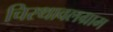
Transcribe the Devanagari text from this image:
चिरथावलग्राम